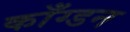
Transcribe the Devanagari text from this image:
काँग्डन